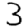
Digit: 3